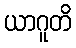
ယာဂူတိ